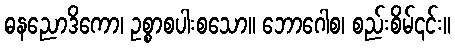
ဓနညောဒိကော၊ ဥစ္စာစပါးစသော။ ဘောဂေါစ၊ စည်းစိမ်၎င်း။